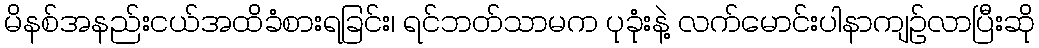
မိနစ်အနည်းငယ်အထိခံစားရခြင်း၊ ရင်ဘတ်သာမက ပုခုံးနဲ့ လက်မောင်းပါနာကျဉ်လာပြီးဆို